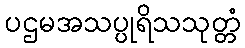
ပဌမအသပ္ပုရိသသုတ္တံ